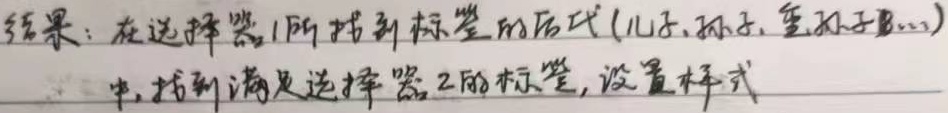
结果：在选择器1所指到标签的后代(儿子、孙子、重孙子……)中，找到满足选择器2的标签，设置样式